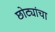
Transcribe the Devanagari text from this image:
छोट्यांचा